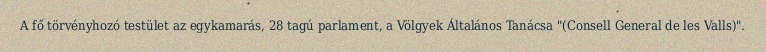
A fő törvényhozó testület az egykamarás, 28 tagú parlament, a Völgyek Általános Tanácsa "(Consell General de les Valls)".